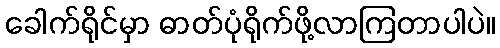
ခေါက်ရိုင်မှာ ဓာတ်ပုံရိုက်ဖို့လာကြတာပါပဲ။